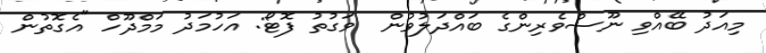
މިއަދު ބޭއްވި ނޫސްވެރިންގެ ބައްދަލުވުން  ވަގުތު ފޮޓޯ: އަހުމަދު މަމްދޫހް "އެގޮތުން